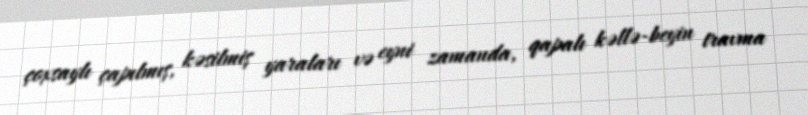
çoxsaylı çapılmış, kəsilmiş yaraları və eyni zamanda, qapalı kəllə-beyin travma